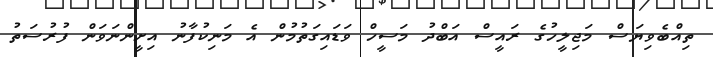
ތިއްބެވިޔަސް މަޖިލީހުގެ ރައީސް އަބްދު މަސީހް ވަޑައިގަތުމުން އެ މަނިކުފާނު އިށީންނަވަން ފުރުސަތު